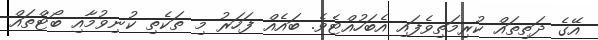
އޭގެ ދަތިތައް ކުރިމަތިވެފައި އެބަހުއްޓެވެ. ބައެއް ފަހަރު މި ތަކެތި ކުނިވުމާއި ބޯޓްތައް